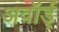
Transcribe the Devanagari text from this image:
अवॉर्ड्